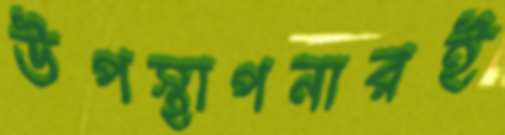
উপস্থাপনারই